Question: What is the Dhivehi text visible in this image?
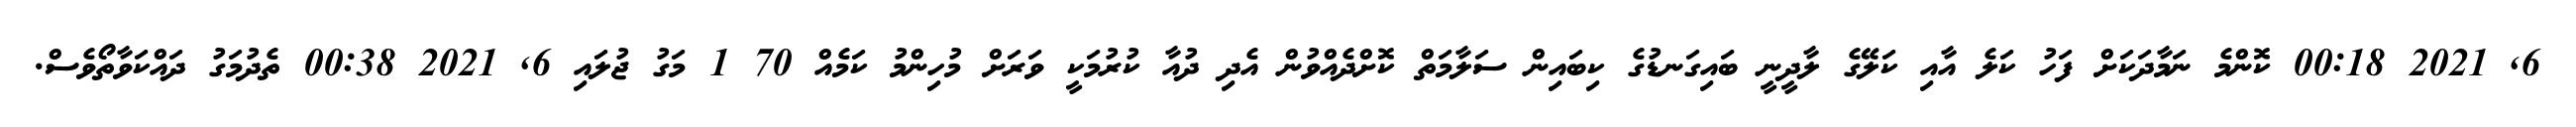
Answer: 6, 2021 00:18 ކޮންމެ ނަމާދަކަށް ފަހު ކަލެ އާއި ކަލޭގެ ލާދީނީ ބައިގަނޑުގެ ކިބައިން ސަލާމަތް ކޮށްދެއްވުން އެދި ދުއާ ކުރުމަކީ ވަރަށް މުހިންމު ކަމެއް 70 1 މަގު ޖުލައި 6, 2021 00:38 ތެދުމަގު ދައްކަވާތޯވެސް.